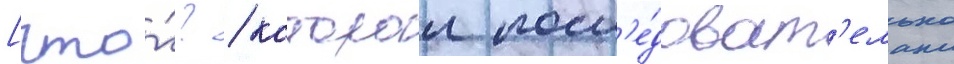
[что́? / которои посл'е́доват'ельно